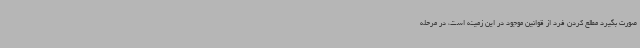
صورت بگیرد مطلع کردن فرد از قوانین موجود در این زمینه است، در مرحله